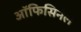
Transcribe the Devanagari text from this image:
ऑफिसिनैल